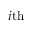
i \mathrm { t h }